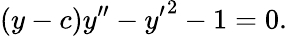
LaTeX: (y-c)y^{\prime\prime}-{y^{\prime}}^{2}-1=0.